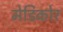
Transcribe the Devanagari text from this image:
मेडिकोर